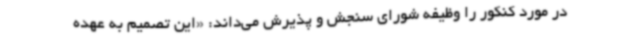
در مورد کنکور را وظیفه شورای سنجش و پذیرش می‌داند: «این تصمیم به ‌عهده